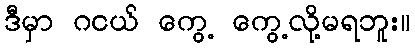
ဒီမှာ ဂငယ် ကွေ့ ကွေ့လို့မရဘူး။